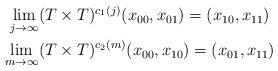
LaTeX: \begin{align*}\begin{gathered}\lim_{j\to\infty}(T \times T)^{c_1(j)}(x_{00},x_{01}) = (x_{10},x_{11}) \\\lim_{m\to\infty}(T \times T)^{c_2(m)}(x_{00},x_{10}) = (x_{01},x_{11})\end{gathered}\end{align*}